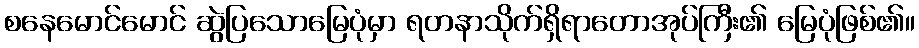
စနေမောင်မောင် ဆွဲပြသောမြေပုံမှာ ရတနာသိုက်ရှိရာတောအုပ်ကြီး၏ မြေပုံဖြစ်၏။